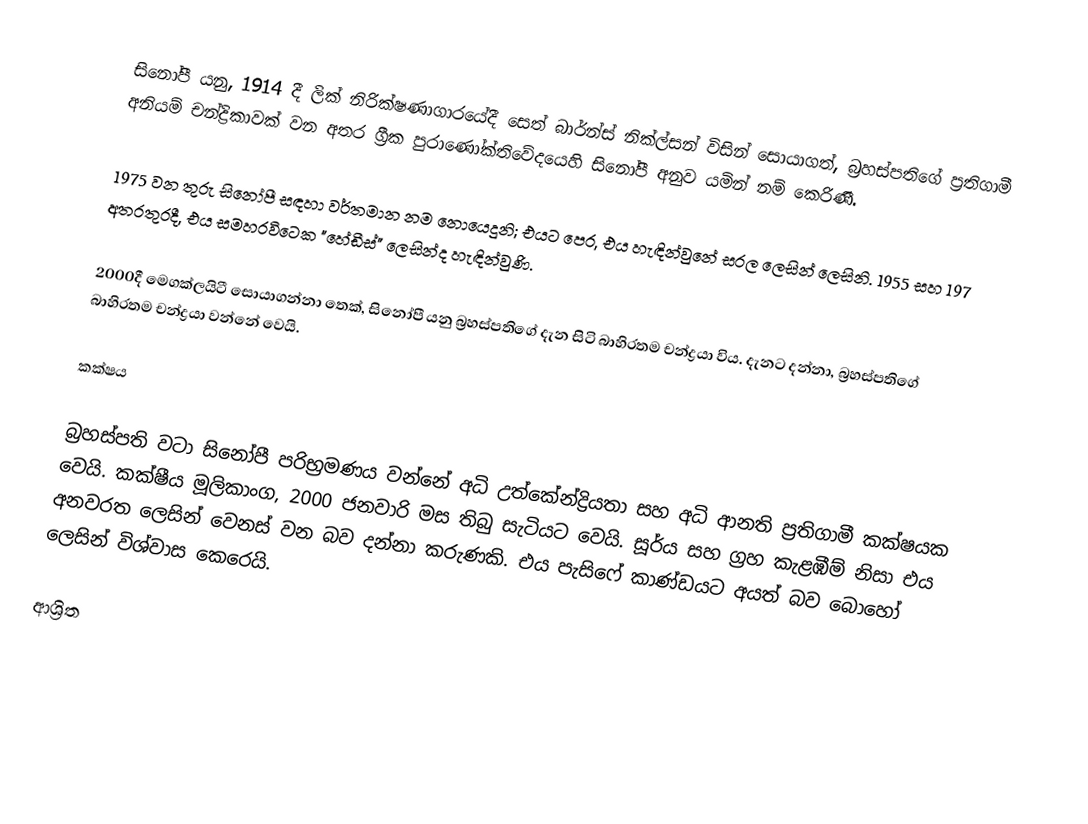
සිනෝපී යනු,  1914 දී  ලික් නිරික්ෂණාගාරයේදී සෙත් බාර්න්ස් නික්ල්සන් විසින් සොයාගත්, බ්‍රහස්පතිගේ ප්‍රතිගාමී අනියම් චන්ද්‍රිකාවක් වන අතර  ග්‍රීක පුරාණෝක්තිවේදයෙහි සිනෝපී අනුව යමින් නම් කෙරිණී.

1975 වන තුරු සිනෝපී සඳහා වර්තමාන නම නොයෙදුනි; එයට පෙර, එය හැඳින්වුනේ සරල ලෙසින්  ලෙසිනි. 1955 සහ 197 අතරතුරදී, එය සමහරවිටෙක "හේඩීස්" ලෙසින්ද හැඳින්වුණි.

2000දී මෙගක්ලයිටී සොයාගන්නා තෙක්,  සිනෝපී යනු බ්‍රහස්පතිගේ  දැන සිටි බාහිරතම චන්ද්‍රයා විය.  දැනට දන්නා, බ්‍රහස්පතිගේ බාහිරතම චන්ද්‍රයා වන්නේ  වෙයි.

කක්ෂය

බ්‍රහස්පති වටා සිනෝපී  පරිභ්‍රමණය වන්නේ අධි උත්කේන්ද්‍රියතා සහ අධි ආනති ප්‍රතිගාමී කක්ෂයක වෙයි. කක්ෂීය මූලිකාංග, 2000 ජනවාරි මස තිබු සැටියට වෙයි. සූර්ය සහ ග්‍රහ කැළඹීම් නිසා එය අනවරත ලෙසින් වෙනස් වන බව දන්නා කරුණකි. එය පැසිෆේ කාණ්ඩයට අයත් බව බොහෝ ලෙසින් විශ්වාස කෙරෙයි.

ආශ්‍රිත